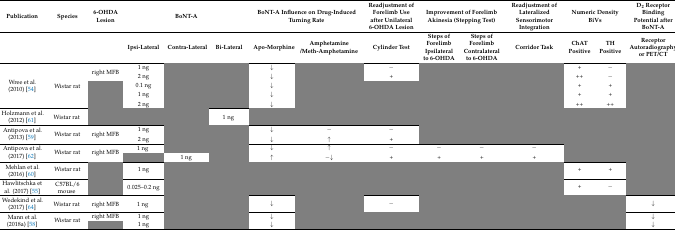
<table><thead><tr><td><b>Publication</b></td><td><b>Species</b></td><td><b>6-OHDA Lesion</b></td><td colspan="3"><b>BoNT-A</b></td><td colspan="2"><b>BoNT-A Influence on Drug-Induced Turning Rate</b></td><td><b>Readjustment of Forelimb Use after Unilateral 6-OHDA Lesion</b></td><td colspan="2"><b>Improvement of Forelimb Akinesia (Stepping Test)</b></td><td><b>Readjustment of Lateralized Sensorimotor Integration</b></td><td colspan="2"><b>Numeric Density BiVs</b></td><td><b>D<sub>2</sub> Receptor Binding Potential after BoNT-A </b></td></tr><tr><td>[EMPTY_CELL]</td><td>[EMPTY_CELL]</td><td>[EMPTY_CELL]</td><td><b>Ipsi-Lateral</b></td><td><b>Contra-Lateral</b></td><td><b>Bi-Lateral</b></td><td><b>Apo-Morphine</b></td><td><b>Amphetamine/Meth-Amphetamine</b></td><td><b>Cylinder Test</b></td><td><b>Steps of Forelimb Ipsilateral to 6-OHDA</b></td><td><b>Steps of Forelimb Contralateral to 6-OHDA</b></td><td><b>Corridor Task</b></td><td><b>ChAT Positive</b></td><td><b>TH Positive</b></td><td><b>Receptor Autoradiography or PET/CT</b></td></tr></thead><tbody><tr><td rowspan="5">Wree et al. (2010) [54]</td><td rowspan="5">Wistar rat</td><td rowspan="2">right MFB</td><td>1 ng</td><td>[EMPTY_CELL]</td><td>[EMPTY_CELL]</td><td>↓</td><td>[EMPTY_CELL]</td><td>−</td><td>[EMPTY_CELL]</td><td>[EMPTY_CELL]</td><td>[EMPTY_CELL]</td><td>+</td><td>−</td><td>[EMPTY_CELL]</td></tr><tr><td>2 ng</td><td>[EMPTY_CELL]</td><td>[EMPTY_CELL]</td><td>↓</td><td>[EMPTY_CELL]</td><td>+</td><td>[EMPTY_CELL]</td><td>[EMPTY_CELL]</td><td>[EMPTY_CELL]</td><td>++</td><td>−</td><td>[EMPTY_CELL]</td></tr><tr><td rowspan="3">[EMPTY_CELL]</td><td>0.1 ng</td><td>[EMPTY_CELL]</td><td>[EMPTY_CELL]</td><td>↓</td><td>[EMPTY_CELL]</td><td>[EMPTY_CELL]</td><td>[EMPTY_CELL]</td><td>[EMPTY_CELL]</td><td>[EMPTY_CELL]</td><td>+</td><td>+</td><td>[EMPTY_CELL]</td></tr><tr><td>1 ng</td><td>[EMPTY_CELL]</td><td>[EMPTY_CELL]</td><td>↓</td><td>[EMPTY_CELL]</td><td>[EMPTY_CELL]</td><td>[EMPTY_CELL]</td><td>[EMPTY_CELL]</td><td>[EMPTY_CELL]</td><td>+</td><td>+</td><td>[EMPTY_CELL]</td></tr><tr><td>2 ng</td><td>[EMPTY_CELL]</td><td>[EMPTY_CELL]</td><td>↓</td><td>[EMPTY_CELL]</td><td>[EMPTY_CELL]</td><td>[EMPTY_CELL]</td><td>[EMPTY_CELL]</td><td>[EMPTY_CELL]</td><td>++</td><td>++</td><td>[EMPTY_CELL]</td></tr><tr><td>Holzmann et al. (2012) [61]</td><td>Wistar rat</td><td>[EMPTY_CELL]</td><td>[EMPTY_CELL]</td><td>[EMPTY_CELL]</td><td>1 ng</td><td>[EMPTY_CELL]</td><td>[EMPTY_CELL]</td><td>[EMPTY_CELL]</td><td>[EMPTY_CELL]</td><td>[EMPTY_CELL]</td><td>[EMPTY_CELL]</td><td>[EMPTY_CELL]</td><td>[EMPTY_CELL]</td><td>[EMPTY_CELL]</td></tr><tr><td rowspan="2">Antipova et al. (2013) [59]</td><td rowspan="2">Wistar rat</td><td rowspan="2">right MFB</td><td>1 ng</td><td>[EMPTY_CELL]</td><td>[EMPTY_CELL]</td><td>↓</td><td>−</td><td>−</td><td>[EMPTY_CELL]</td><td>[EMPTY_CELL]</td><td>[EMPTY_CELL]</td><td>[EMPTY_CELL]</td><td>[EMPTY_CELL]</td><td>[EMPTY_CELL]</td></tr><tr><td>2 ng</td><td>[EMPTY_CELL]</td><td>[EMPTY_CELL]</td><td>↓</td><td>↑</td><td>+</td><td>[EMPTY_CELL]</td><td>[EMPTY_CELL]</td><td>[EMPTY_CELL]</td><td>[EMPTY_CELL]</td><td>[EMPTY_CELL]</td><td>[EMPTY_CELL]</td></tr><tr><td rowspan="2">Antipova et al. (2017) [62]</td><td rowspan="2">Wistar rat</td><td rowspan="2">right MFB</td><td>1 ng</td><td>[EMPTY_CELL]</td><td>[EMPTY_CELL]</td><td>↓</td><td>↑</td><td>−</td><td>−</td><td>−</td><td>−</td><td>[EMPTY_CELL]</td><td>[EMPTY_CELL]</td><td>[EMPTY_CELL]</td></tr><tr><td>[EMPTY_CELL]</td><td>1 ng</td><td>[EMPTY_CELL]</td><td>↑</td><td>−↓</td><td>+</td><td>+</td><td>+</td><td>+</td><td>[EMPTY_CELL]</td><td>[EMPTY_CELL]</td><td>[EMPTY_CELL]</td></tr><tr><td>Mehlan et al. (2016) [60]</td><td>Wistar rat</td><td>[EMPTY_CELL]</td><td>1 ng</td><td>[EMPTY_CELL]</td><td>[EMPTY_CELL]</td><td>[EMPTY_CELL]</td><td>[EMPTY_CELL]</td><td>[EMPTY_CELL]</td><td>[EMPTY_CELL]</td><td>[EMPTY_CELL]</td><td>[EMPTY_CELL]</td><td>+</td><td>+</td><td>[EMPTY_CELL]</td></tr><tr><td>Hawlitschka et al. (2017) [55]</td><td>C57BL/6 mouse</td><td>[EMPTY_CELL]</td><td>0.025–0.2 ng</td><td>[EMPTY_CELL]</td><td>[EMPTY_CELL]</td><td>[EMPTY_CELL]</td><td>[EMPTY_CELL]</td><td>[EMPTY_CELL]</td><td>[EMPTY_CELL]</td><td>[EMPTY_CELL]</td><td>[EMPTY_CELL]</td><td>+</td><td>−</td><td>[EMPTY_CELL]</td></tr><tr><td>Wedekind et al. (2017) [64]</td><td>Wistar rat</td><td>right MFB</td><td>1 ng</td><td>[EMPTY_CELL]</td><td>[EMPTY_CELL]</td><td>↓</td><td>[EMPTY_CELL]</td><td>−</td><td>[EMPTY_CELL]</td><td>[EMPTY_CELL]</td><td>[EMPTY_CELL]</td><td>[EMPTY_CELL]</td><td>[EMPTY_CELL]</td><td>↓</td></tr><tr><td rowspan="2">Mann et al. (2018a) [58]</td><td rowspan="2">Wistar rat</td><td>right MFB</td><td>1 ng</td><td>[EMPTY_CELL]</td><td>[EMPTY_CELL]</td><td>↓</td><td>[EMPTY_CELL]</td><td>[EMPTY_CELL]</td><td>[EMPTY_CELL]</td><td>[EMPTY_CELL]</td><td>[EMPTY_CELL]</td><td>[EMPTY_CELL]</td><td>[EMPTY_CELL]</td><td>↓</td></tr><tr><td>[EMPTY_CELL]</td><td>1 ng</td><td>[EMPTY_CELL]</td><td>[EMPTY_CELL]</td><td>↓</td><td>[EMPTY_CELL]</td><td>[EMPTY_CELL]</td><td>[EMPTY_CELL]</td><td>[EMPTY_CELL]</td><td>[EMPTY_CELL]</td><td>[EMPTY_CELL]</td><td>[EMPTY_CELL]</td><td>↓</td></tr></tbody></table>